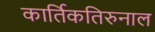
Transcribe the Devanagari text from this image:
कार्तिकतिरुनाल